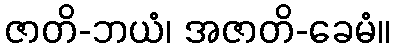
ဇာတိ-ဘယံ၊ အဇာတိ-ခေမံ။